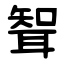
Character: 聟